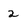
Character: 2